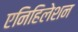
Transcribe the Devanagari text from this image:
एनिहिलेशन